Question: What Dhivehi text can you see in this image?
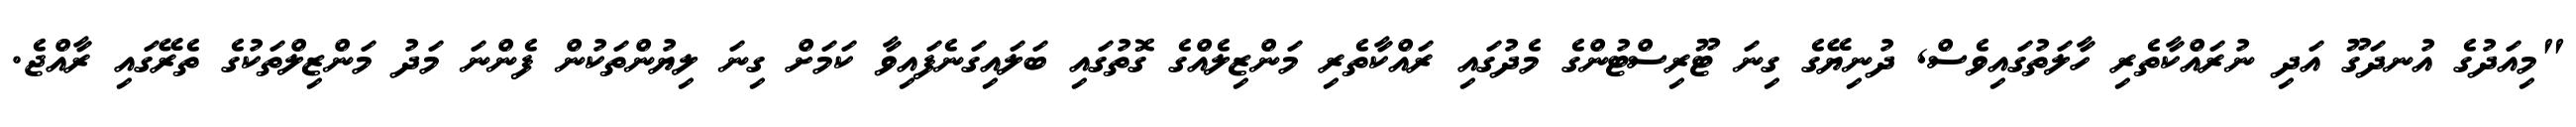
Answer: "މިއަދުގެ އުނދަގޫ އަދި ނުރައްކާތެރި ހާލަތުގައިވެސް, ދުނިޔޭގެ ގިނަ ޓޫރިސްޓުންގެ މެދުގައި ރައްކާތެރި މަންޒިލެއްގެ ގޮތުގައި ބަލައިގަނެފައިވާ ކަމަށް ގިނަ ލިޔުންތަކުން ފެންނަ މަދު މަންޒިލްތަކުގެ ތެރޭގައި ރާއްޖެ.